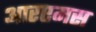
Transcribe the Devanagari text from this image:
आरएमस